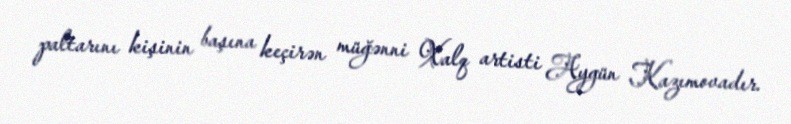
paltarını kişinin başına keçirən müğənni Xalq artisti Aygün Kazımovadır.